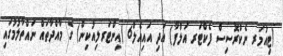
(ޓިއުމަރ ނެކްރޮސިސް ފެކްޓަރ އަލްފާ) އަދި އައިއެލް6 (އިންޓަރލިއުކިން) ގެ މާއްދާތައް ނައްތާލުމުގައި